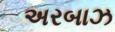
અરબાઝ